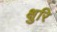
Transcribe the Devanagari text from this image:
क्षुरि